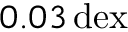
0 . 0 3 \, \mathrm { d e x }